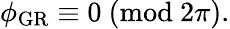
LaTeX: \begin{array}{r}{\phi_{\mathrm{GR}}\equiv 0\ (\mathrm{mod}\ 2\pi).}\end{array}